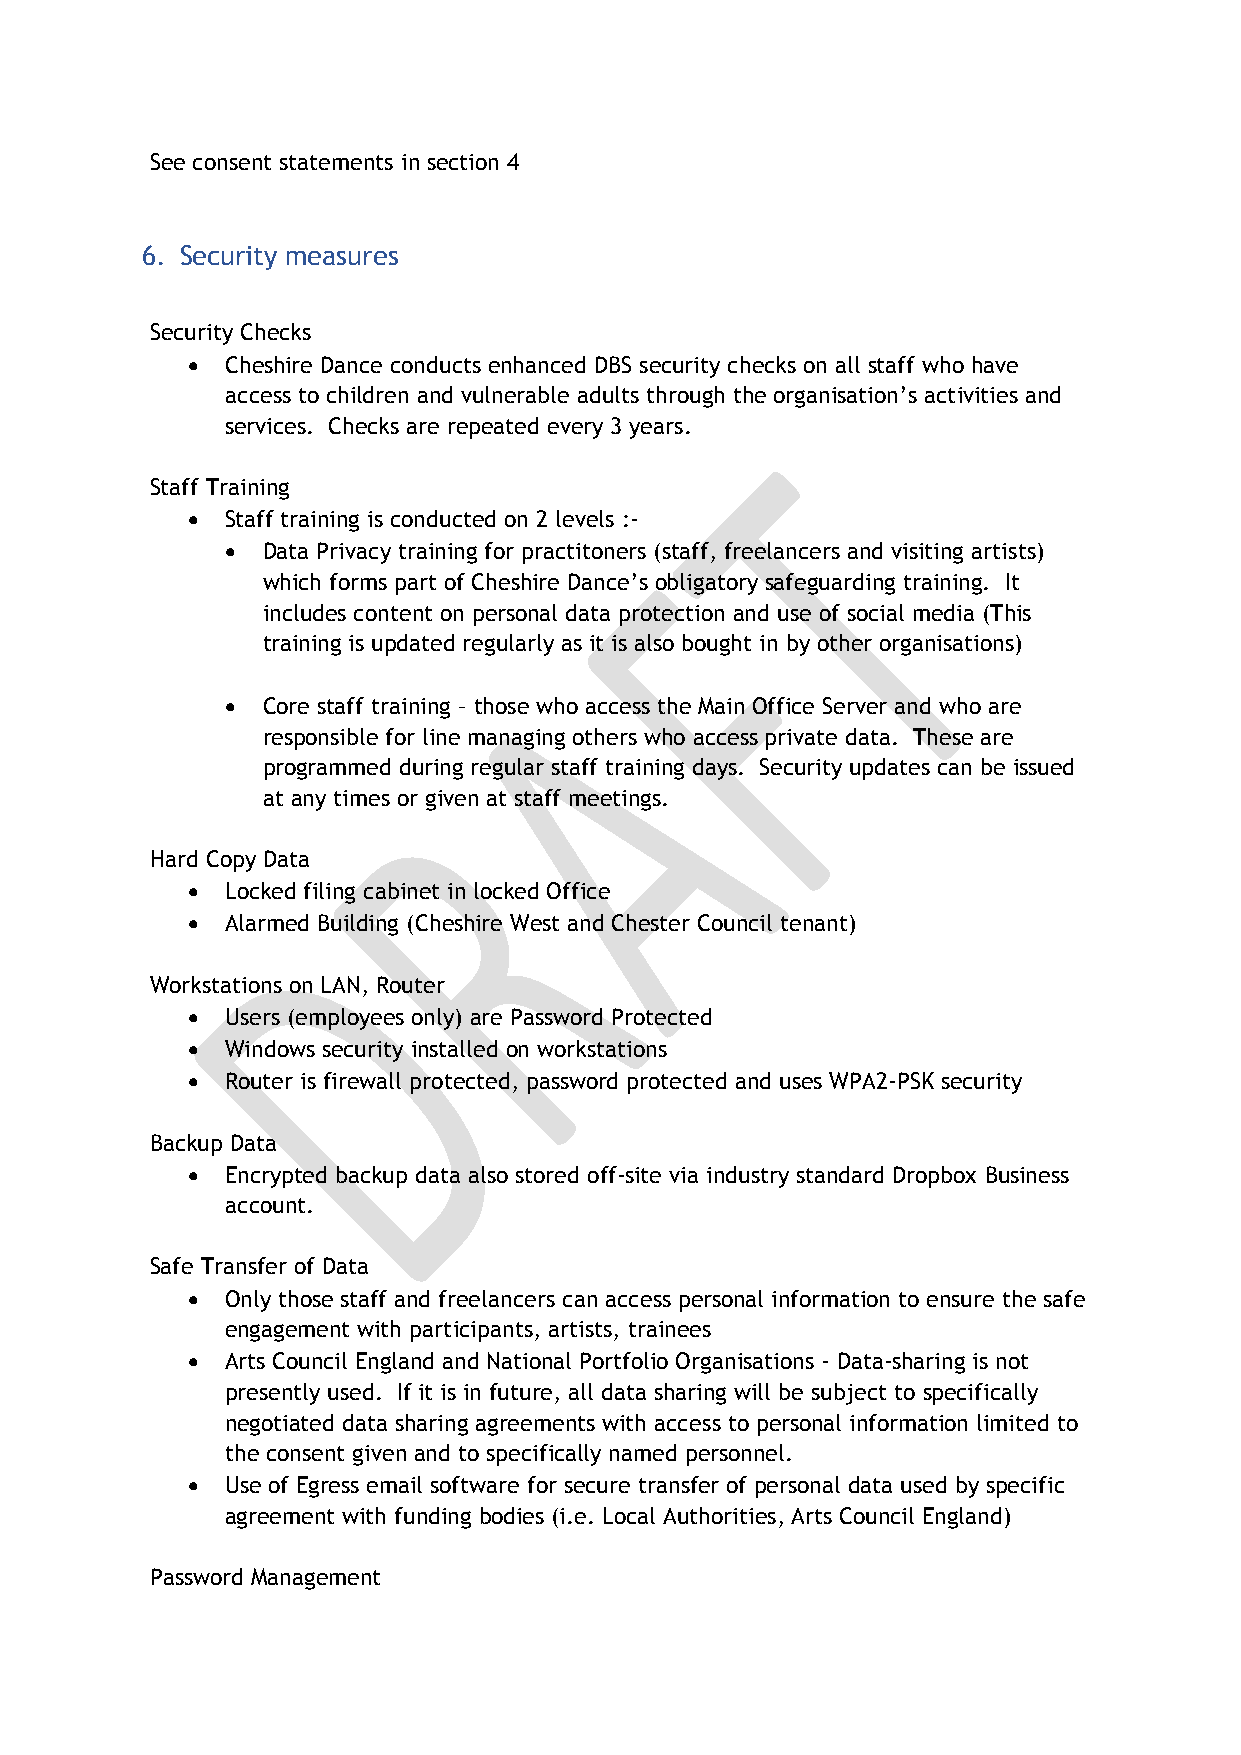
See consent statements in section 4
 6. Security measures
 Security Checks
   Cheshire Dance conducts enhanced DBS security checks on all staff who have
 access to children and vulnerable adults through the organisation’s activities and
 services. Checks are repeated every 3 years.
 Staff Training
   Staff training is conducted on 2 levels :-
  Data Privacy training for practitoners (staff, freelancers and visiting artists)
 which forms part of Cheshire Dance’s obligatory safeguarding training. It
 includes content on personal data protection and use of social media (This
 training is updated regularly as it is also bought in by other organisations)
  Core staff training – those who access the Main Office Server and who are
 responsible for line managing others who access private data. These are
 programmed during regular staff training days. Security updates can be issued
 at any times or given at staff meetings.
 Hard Copy Data
   Locked filing cabinet in locked Office
   Alarmed Building (Cheshire West and Chester Council tenant)
 Workstations on LAN, Router
   Users (employees only) are Password Protected
   Windows security installed on workstations
   Router is firewall protected, password protected and uses WPA2-PSK security
 Backup Data
   Encrypted backup data also stored off-site via industry standard Dropbox Business
 account.
 Safe Transfer of Data
   Only those staff and freelancers can access personal information to ensure the safe
 engagement with participants, artists, trainees
   Arts Council England and National Portfolio Organisations - Data-sharing is not
 presently used. If it is in future, all data sharing will be subject to specifically
 negotiated data sharing agreements with access to personal information limited to
 the consent given and to specifically named personnel.
   Use of Egress email software for secure transfer of personal data used by specific
 agreement with funding bodies (i.e. Local Authorities, Arts Council England)
 Password Management